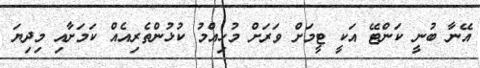
އޭނާ ބުނީ ކަންޓޭ އަކީ ޓީމަށް ވަރަށް މުހިއްމު ކުޅުންތެރިއެއް ކަމަށާއި މިދިޔަ